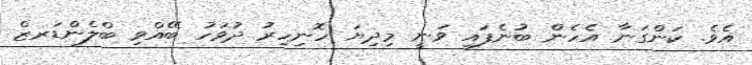
އެވެ. ކަންގަނާ އެހެން ބުނެފައި ވަނީ މިދިޔަ ހޮނިހިރު ދުވަހު ބޭއްވި ބްލެންޑަރޒް